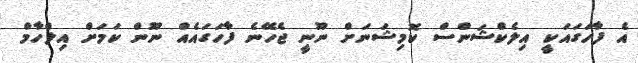
އެ ފާހަގައަކީ އިލެކްޝަންސް ކޮމިޝަނަށް ނޫނީ ޖެހޭނެ ފާހަގައެއް ނޫން ކަމަށް އިލްހާމް